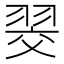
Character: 𮋂